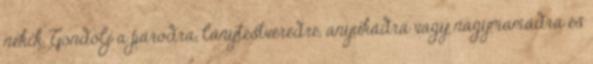
nekik. Gondolj a párodra, lánytestvéredre, anyukádra vagy nagymamádra és